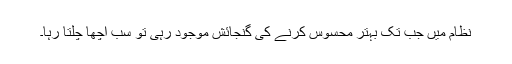
نظام میں جب تک بہتر محسوس کرنے کی گنجائش موجود رہی تو سب اچھا چلتا رہا۔